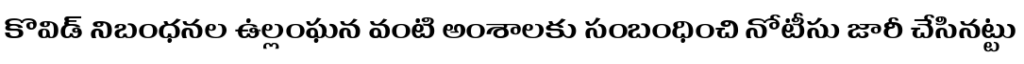
కొవిడ్ నిబంధనల ఉల్లంఘన వంటి అంశాలకు సంబంధించి నోటీసు జారీ చేసినట్టు